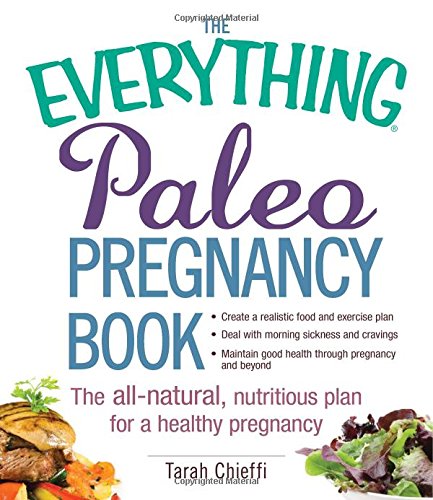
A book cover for The Everything Paleo Pregnancy Book: The All-Natural, Nutritious Plan for a Healthy Pregnancy (Everything Series); Tarah Chieffi; Health, Fitness & Dieting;